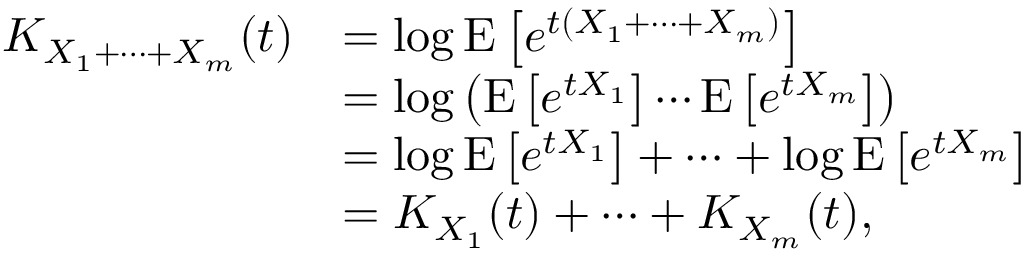
{ \begin{array} { r l } { K _ { X _ { 1 } + \cdots + X _ { m } } ( t ) } & { = \log \operatorname { E } \left[ e ^ { t ( X _ { 1 } + \cdots + X _ { m } ) } \right] } \\ & { = \log \left( \operatorname { E } \left[ e ^ { t X _ { 1 } } \right] \cdots \operatorname { E } \left[ e ^ { t X _ { m } } \right] \right) } \\ & { = \log \operatorname { E } \left[ e ^ { t X _ { 1 } } \right] + \cdots + \log \operatorname { E } \left[ e ^ { t X _ { m } } \right] } \\ & { = K _ { X _ { 1 } } ( t ) + \cdots + K _ { X _ { m } } ( t ) , } \end{array} }